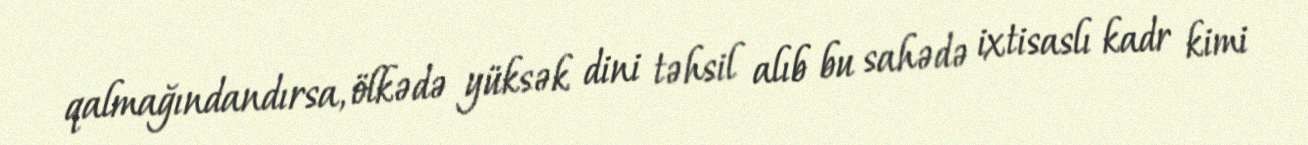
qalmağındandırsa, ölkədə yüksək dini təhsil alıb bu sahədə ixtisaslı kadr kimi